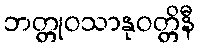
ဘတ္တုဝသာနုဝတ္တိနီ